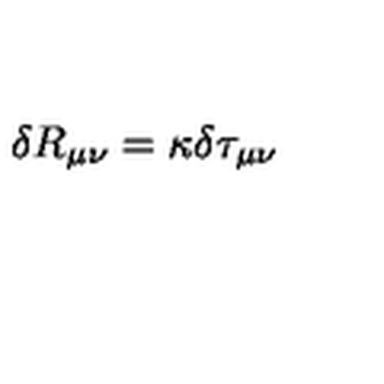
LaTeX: \delta R _ { \mu \nu } = \kappa \delta \tau _ { \mu \nu }